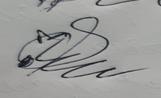
Signature authenticity: genuine